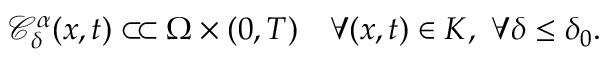
\mathcal { C } _ { \delta } ^ { \alpha } ( x , t ) \subset \joinrel \subset \Omega \times ( 0 , T ) \ \ \ \forall ( x , t ) \in K , \ \forall \delta \leq \delta _ { 0 } .